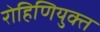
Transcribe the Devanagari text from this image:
रोहिणियुक्त